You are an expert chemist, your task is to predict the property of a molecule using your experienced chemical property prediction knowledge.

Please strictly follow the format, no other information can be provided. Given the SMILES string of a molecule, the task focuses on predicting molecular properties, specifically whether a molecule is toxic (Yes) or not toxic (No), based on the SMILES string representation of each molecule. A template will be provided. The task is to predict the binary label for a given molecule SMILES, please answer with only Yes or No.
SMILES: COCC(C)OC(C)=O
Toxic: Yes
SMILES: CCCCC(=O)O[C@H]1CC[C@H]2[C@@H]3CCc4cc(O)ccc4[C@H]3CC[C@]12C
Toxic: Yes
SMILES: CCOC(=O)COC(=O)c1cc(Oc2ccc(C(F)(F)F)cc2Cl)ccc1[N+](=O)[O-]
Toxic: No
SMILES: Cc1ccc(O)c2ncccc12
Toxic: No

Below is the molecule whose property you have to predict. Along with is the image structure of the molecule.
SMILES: CCOC(=O)COc1ccc2c(C)c(CCN(CC)CC)c(=O)oc2c1Cl
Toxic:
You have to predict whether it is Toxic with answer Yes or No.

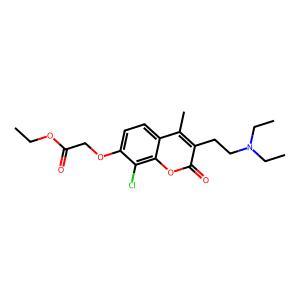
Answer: No